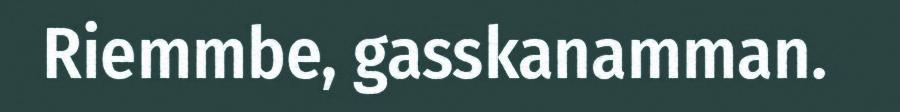
Riemmbe, gasskanamman.